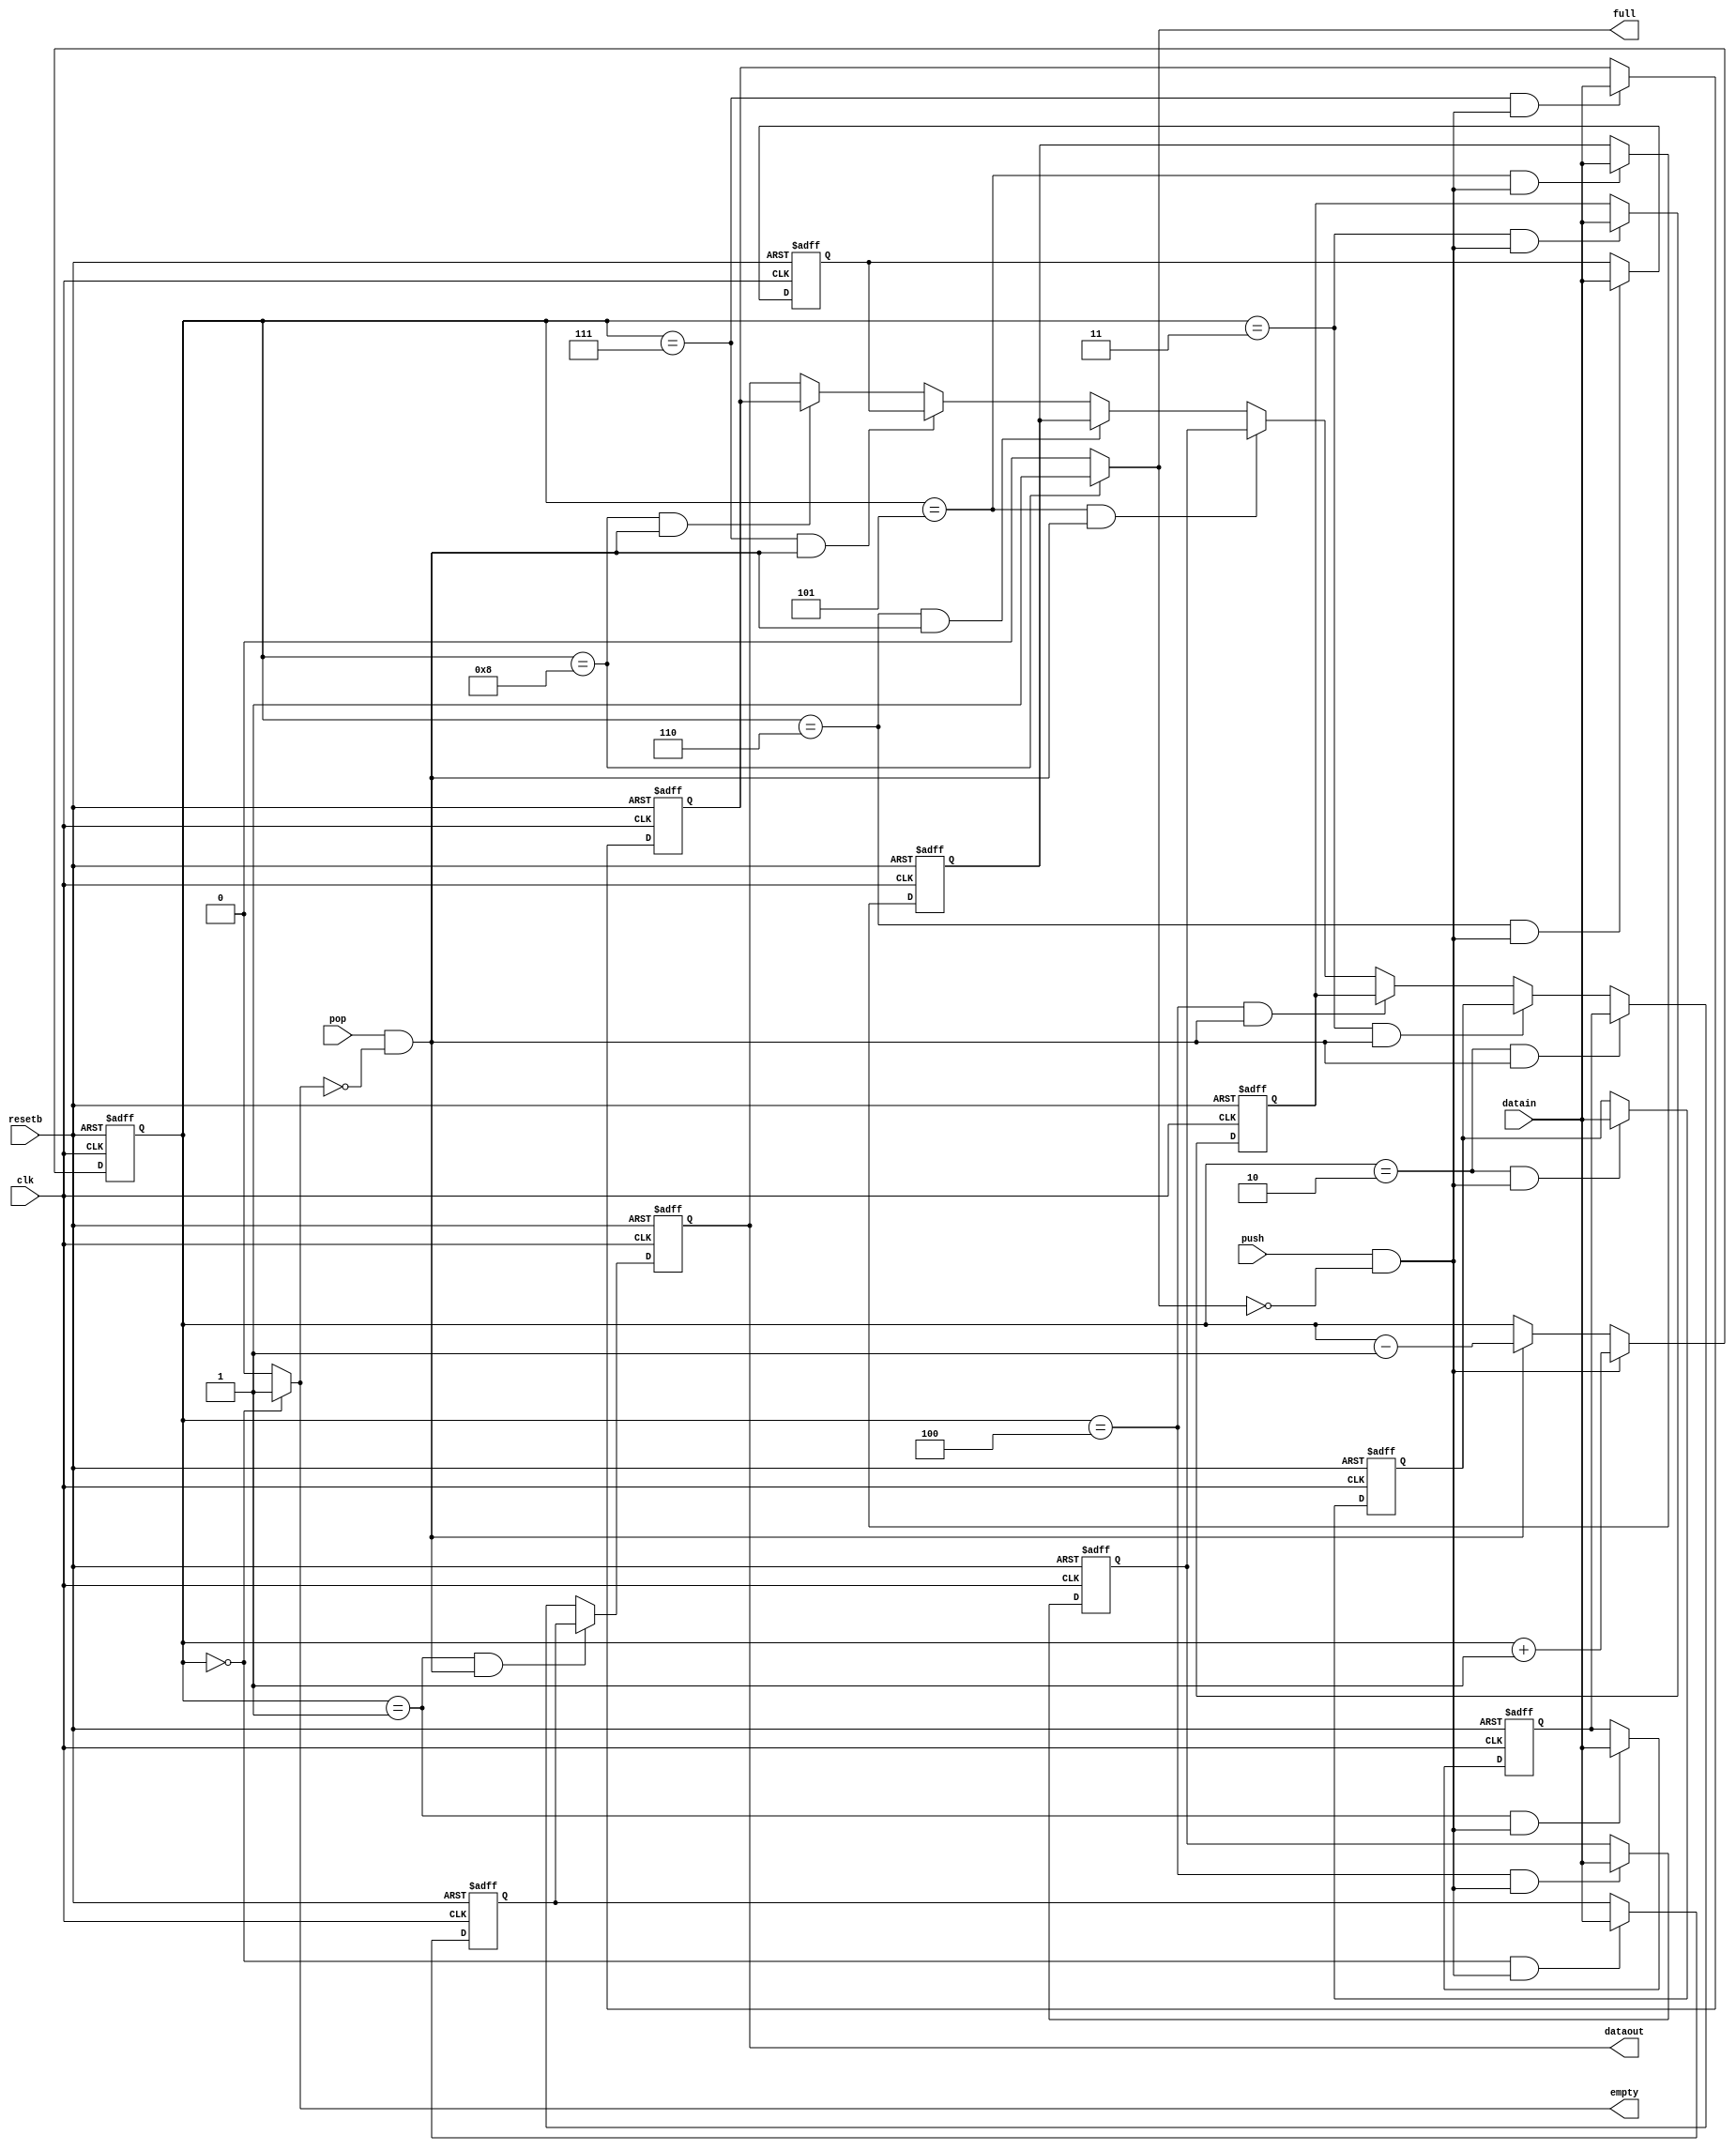
module stack (
    input       clk,
    input       resetb,

    input [7:0] datain,
    input       push, // 데이터 입력을 위한 push 명령어

    output [7:0] dataout,
    input        pop,

    // 스택의 상태를 알려주는 역할
    output       full,
    output       empty
);
reg [7:0] dataout;

// stack pointer를 만듬. 
reg [4:0] sp;          // 현재 buffer가 어디에 왔는지. 8개 버퍼이니 3비트.

// assign 사용을 위해 wire로 만듬.
wire full;
assign full = (sp == 8) ? 1'b1 : 1'b0; // 아래 참고.
// full 과 비슷하게 만들면 됨.
wire empty;
assign empty = (sp == 0) ? 1'b1 : 1'b0; // 8개까지 왔다면 버퍼7번이다. (0부터 있음)


/*
// 버퍼를 만듬과 버퍼의 크기를 설정
reg [7:0] buffer[0:7]; // 8비트가 0~7까지 8개 있다 = 버퍼가 8개다.
위험한? 코드니까 아래처럼 하라고 하네.
*/
reg [7:0] buffer0;
reg [7:0] buffer1;
reg [7:0] buffer2;
reg [7:0] buffer3;
reg [7:0] buffer4;
reg [7:0] buffer5;
reg [7:0] buffer6;
reg [7:0] buffer7;

// always 안에서 계산하지 말자. 조건은 밖에서 처리하도록.
wire writeen;
wire outputen;
assign writeen = push & !full;
assign outputen = pop & !empty;

// stack pointer의 동작
always @(posedge clk or negedge resetb ) begin
    if(~resetb)
        sp <= 0;
    else if(writeen)
        sp <= sp + 1;
    else if(outputen)
        sp <= sp - 1;
end




/*
// push 동작
always @(posedge clk or negedge resetb) begin
    if(~resetb)
        buffer[sp] <= 0;
    else if(writeen)
        buffer[sp] <= datain;
end
*/
wire buffer0_en;
assign buffer0_en = (sp == 0) & writeen;
always @(posedge clk or negedge resetb) begin
    if(~resetb)
        buffer0 <= 0;
    else if(buffer0_en)
        buffer0 <= datain;
end
wire buffer1_en;
assign buffer1_en = (sp == 1) & writeen;
always @(posedge clk or negedge resetb) begin
    if(~resetb)
        buffer1 <= 0;
    else if(buffer1_en)
        buffer1 <= datain;
end
wire buffer2_en;
assign buffer2_en = (sp == 2) & writeen;
always @(posedge clk or negedge resetb) begin
    if(~resetb)
        buffer2 <= 0;
    else if(buffer2_en)
        buffer2 <= datain;
end
wire buffer3_en;
assign buffer3_en = (sp == 3) & writeen;
always @(posedge clk or negedge resetb) begin
    if(~resetb)
        buffer3 <= 0;
    else if(buffer3_en)
        buffer3 <= datain;
end
wire buffer4_en;
assign buffer4_en = (sp == 4) & writeen;
always @(posedge clk or negedge resetb) begin
    if(~resetb)
        buffer4 <= 0;
    else if(buffer4_en)
        buffer4 <= datain;
end
wire buffer5_en;
assign buffer5_en = (sp == 5) & writeen;
always @(posedge clk or negedge resetb) begin
    if(~resetb)
        buffer5 <= 0;
    else if(buffer5_en)
        buffer5 <= datain;
end
wire buffer6_en;
assign buffer6_en = (sp == 6) & writeen;
always @(posedge clk or negedge resetb) begin
    if(~resetb)
        buffer6 <= 0;
    else if(buffer6_en)
        buffer6 <= datain;
end
wire buffer7_en;
assign buffer7_en = (sp == 7) & writeen;
always @(posedge clk or negedge resetb) begin
    if(~resetb)
        buffer7 <= 0;
    else if(buffer7_en)
        buffer7 <= datain;
end




/*
// pop 동작
always @(posedge clk or negedge resetb) begin
    if( ~resetb)
        dataout <= 0;
    else if(outputen)
        dataout <= buffer[sp];
end
*/
wire out0_en;
assign out0_en = (sp == 1) & outputen;

// always @(posedge clk or negedge resetb) begin
//     if(~resetb)
//         buffer0 <= 0;
//     else if(buffer7_en)
//         buffer0 <= datain;
// end
wire out1_en;
assign out1_en = (sp == 2) & outputen;
// always @(posedge clk or negedge resetb) begin
//     if(~resetb)
//         buffer1 <= 0;
//     else if(buffer1_en)
//         buffer1 <= datain;
// end
wire out2_en;
assign out2_en = (sp == 3) & outputen;
// always @(posedge clk or negedge resetb) begin
//     if(~resetb)
//         buffer2 <= 0;
//     else if(buffer2_en)
//         buffer2 <= datain;
// end
wire out3_en;
assign out3_en = (sp == 4) & outputen;
// always @(posedge clk or negedge resetb) begin
//     if(~resetb)
//         buffer3 <= 0;
//     else if(buffer3_en)
//         buffer3 <= datain;
// end
wire out4_en;
assign out4_en = (sp == 5) & outputen;
// always @(posedge clk or negedge resetb) begin
//     if(~resetb)
//         buffer4 <= 0;
//     else if(buffer4_en)
//         buffer4 <= datain;
// end
wire out5_en;
assign out5_en = (sp == 6) & outputen;
// always @(posedge clk or negedge resetb) begin
//     if(~resetb)
//         buffer5 <= 0;
//     else if(buffer5_en)
//         buffer5 <= datain;
// end
wire out6_en;
assign out6_en = (sp == 7) & outputen;
// always @(posedge clk or negedge resetb) begin
//     if(~resetb)
//         buffer6 <= 0;
//     else if(buffer7_en)
//         buffer6 <= datain;
// end
wire out7_en;
assign out7_en = (sp == 8) & outputen;
// always @(posedge clk or negedge resetb) begin
//     if(~resetb)
//         buffer7 <= 0;
//     else if(buffer7_en)
//         buffer7 <= datain;
// end

always@(negedge resetb or posedge clk)
    if(~resetb)
        dataout <= 0;
    else if(out0_en)
        dataout <= buffer0;
    else if(out1_en)
        dataout <= buffer1;
    else if(out2_en)
        dataout <= buffer2;
    else if(out3_en)
        dataout <= buffer3;
    else if(out4_en)
        dataout <= buffer4;
    else if(out5_en)
        dataout <= buffer5;
    else if(out6_en)
        dataout <= buffer6;
    else if(out7_en)
        dataout <= buffer7;


/*
assign dataout = (out0_en) ? buffer0 :
                 (out1_en) ? buffer1 :
                 (out2_en) ? buffer2 :
                 (out3_en) ? buffer3 :
                 (out4_en) ? buffer4 :
                 (out5_en) ? buffer5 :
                 (out6_en) ? buffer6 :
                 (out7_en) ? buffer7 : 0; */

/*
동작조건 이상하게 하지말자..
always @(posedge clk & negedge resetb) begin
    => always @(posedge clk or negedge resetb) begin
*/


endmodule